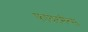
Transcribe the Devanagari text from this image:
फायरमैन्स